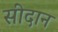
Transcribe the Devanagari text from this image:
सीदान